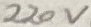
Text: 220V